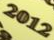
2012